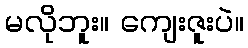
မလိုဘူး။ ကျေးဇူးပဲ။